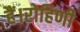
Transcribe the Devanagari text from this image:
हैं।रोहिणी